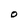
Character: O